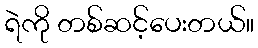
ရဲကို တစ်ဆင့်ပေးတယ်။